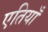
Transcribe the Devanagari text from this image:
एतियाँ